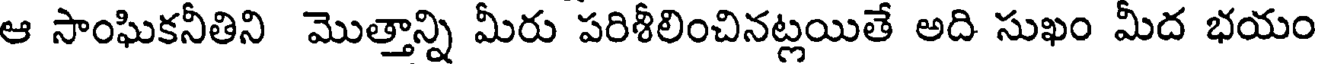
ఆ సాంఘికనీతిని మొత్తాన్ని మీరు పరిశీలించినట్లయితే అది సుఖం మీద భయం